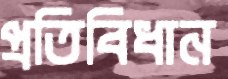
প্রতিবিধান